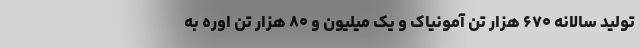
تولید سالانه ۶۷۰ هزار تن آمونیاک و یک میلیون و ۸۰ هزار تن اوره به